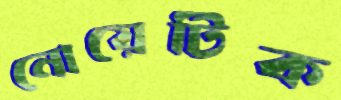
নোয়েটিক